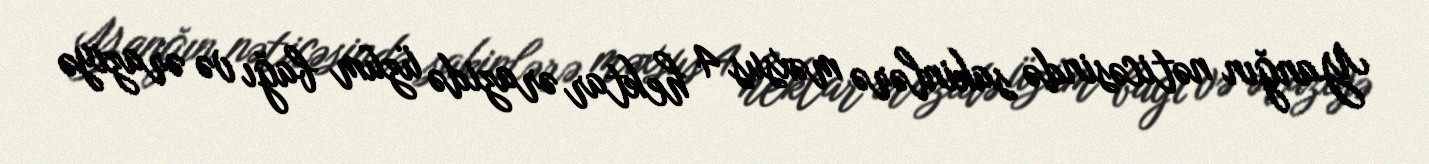
Yanğın nəticəsində sakinlərə məxsus 4 hektar ərazidə üzüm bağı və əraziyə